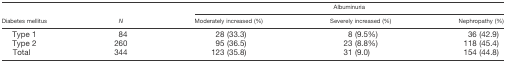
| <ROWSPAN=2> Diabetes mellitus | <ROWSPAN=2> N | <COLSPAN=3> Albuminuria |
 | Moderately increased (%) | Severely increased (%) | Nephropathy (%) |
 | --- | --- | --- | --- | --- |
 | Type 1 | 84 | 28 (33.3) | 8 (9.5%) | 36 (42.9) |
 | Type 2 | 260 | 95 (36.5) | 23 (8.8%) | 118 (45.4) |
 | Total | 344 | 123 (35.8) | 31 (9.0) | 154 (44.8) |